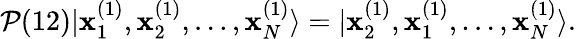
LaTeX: {\cal P}(12)|\mathbf{x}_{1}^{(1)},\mathbf{x}_{2}^{(1)},\ldots,\mathbf{x}_{N}^{(1)}\rangle=|\mathbf{x}_{2}^{(1)},\mathbf{x}_{1}^{(1)},\ldots,\mathbf{x}_{N}^{(1)}\rangle.